65_HS1-834228961_62-HQ-83894_Section_6
Agency: FBI
Page 85
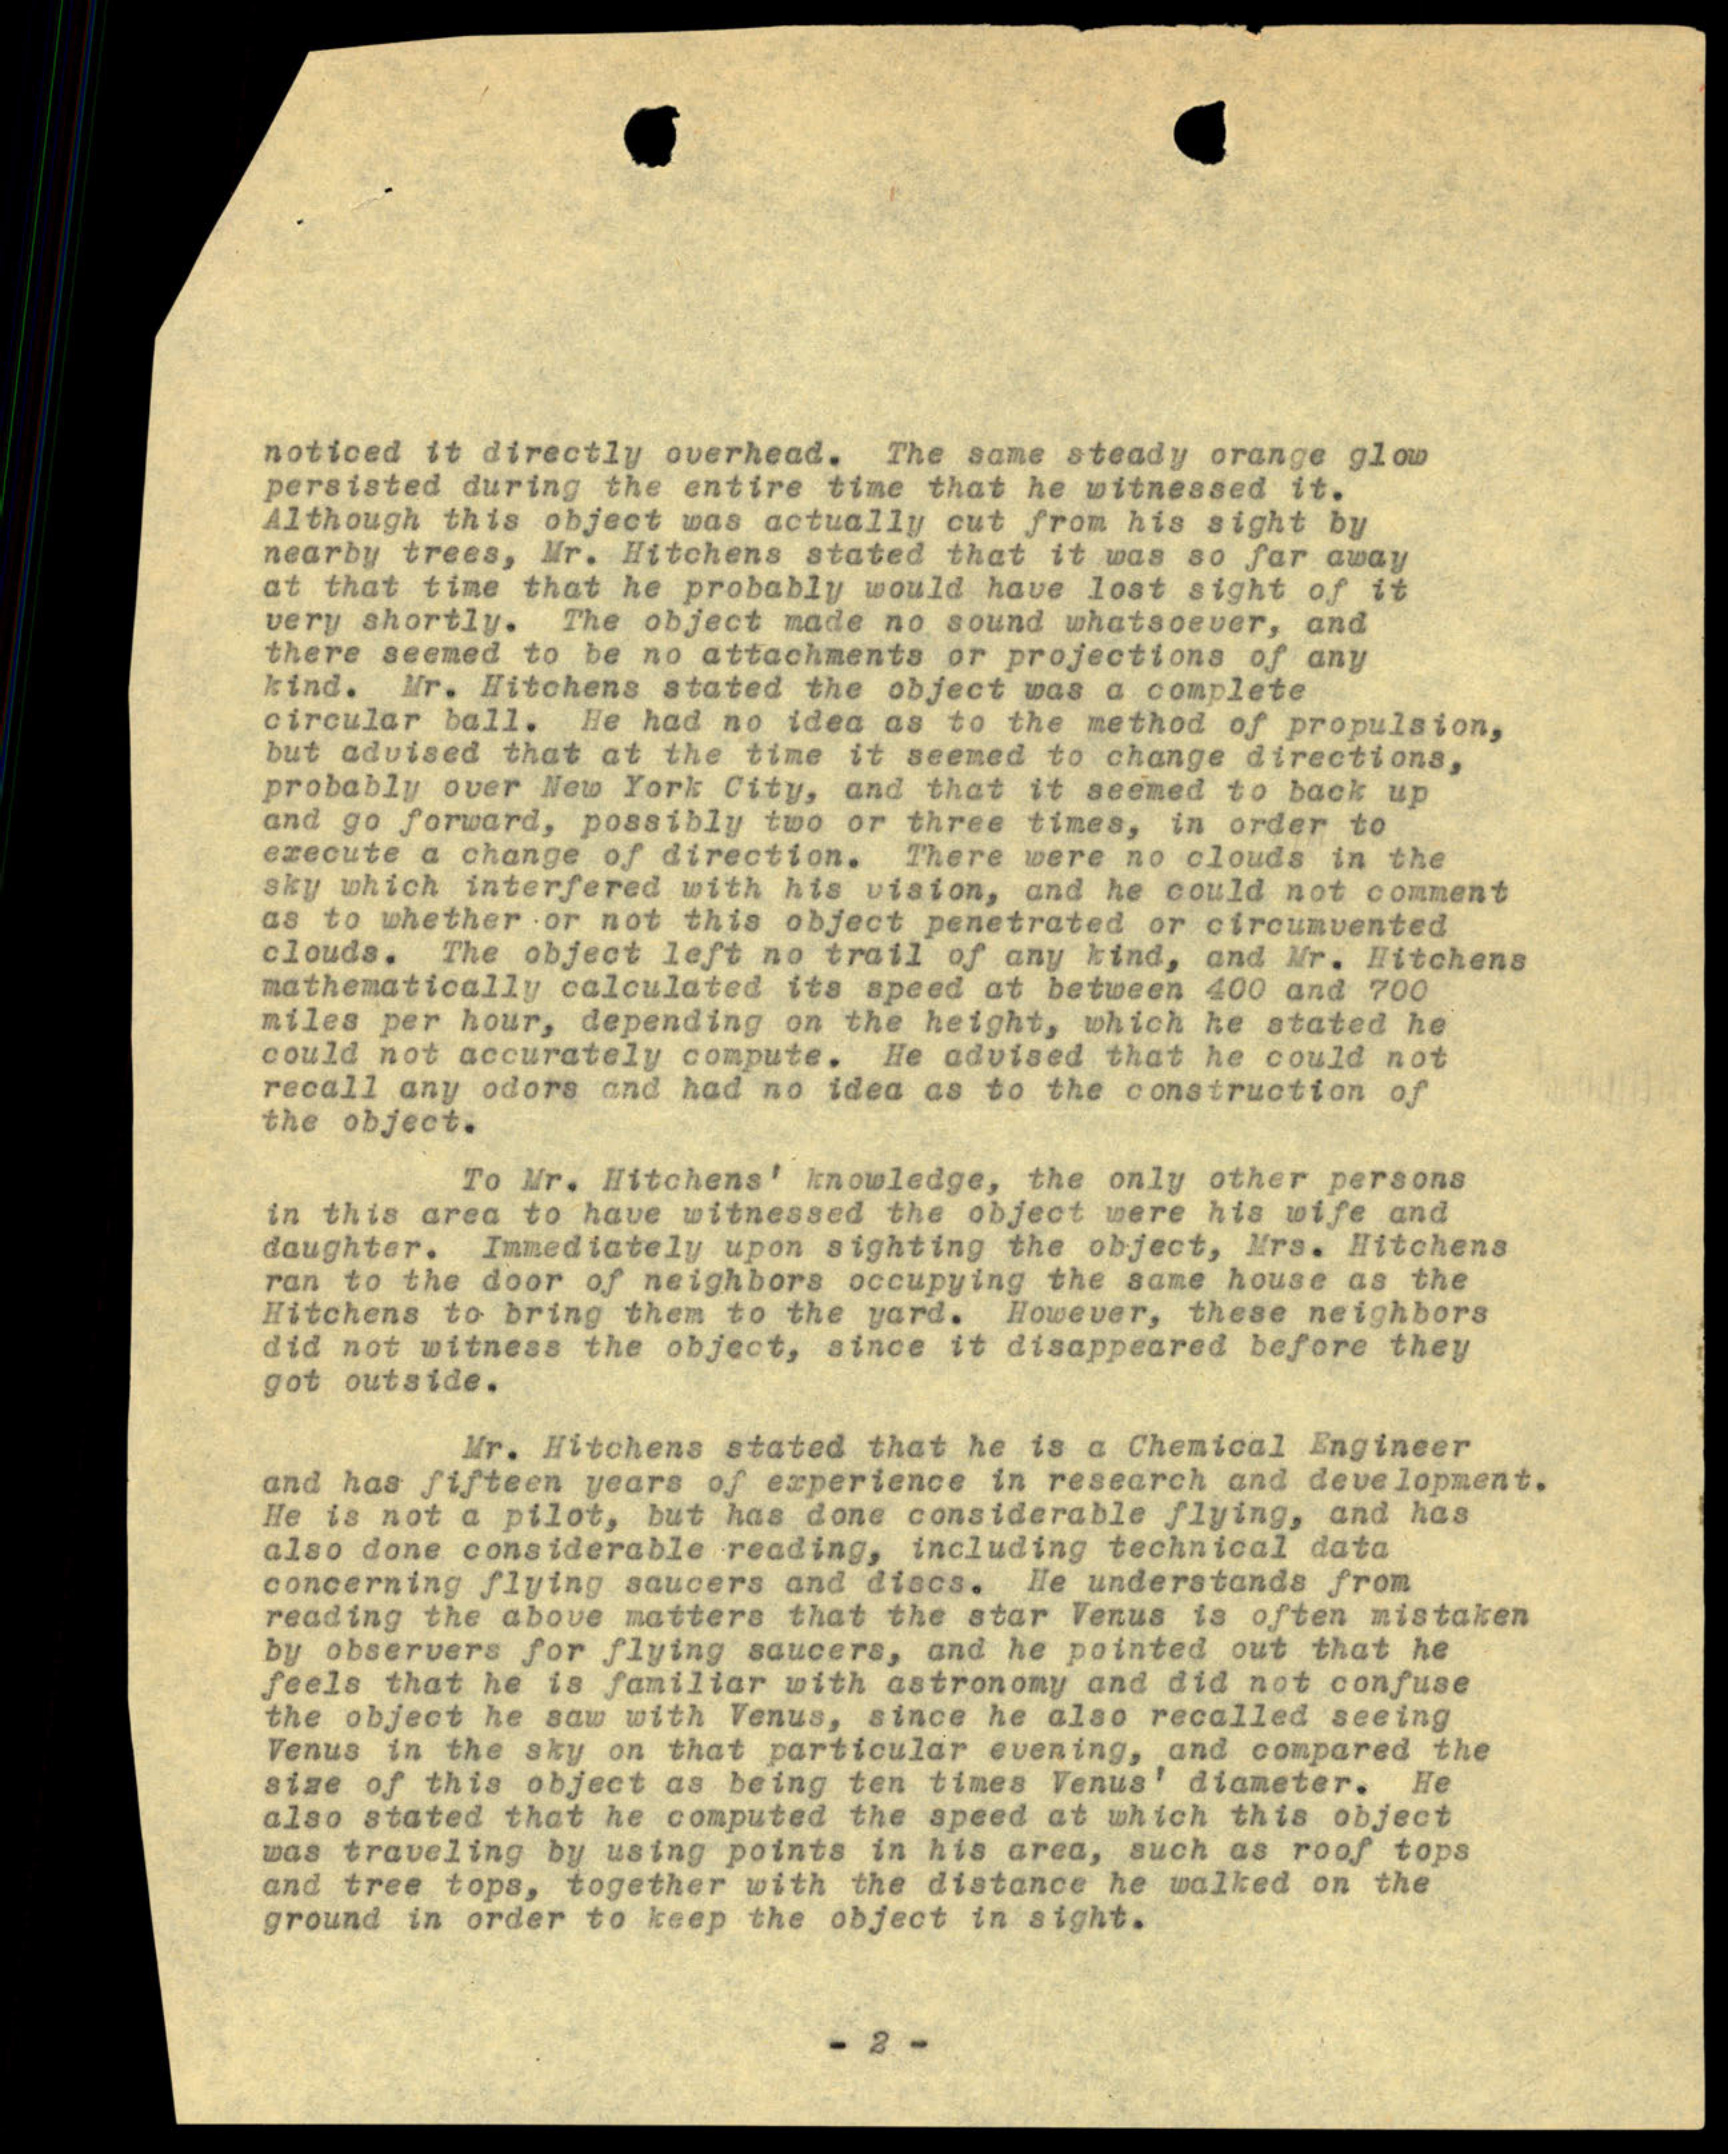